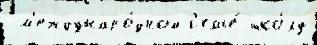
 м'еждунаро́дной с'емье́ шко́лу